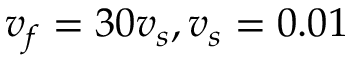
v _ { f } = 3 0 v _ { s } , v _ { s } = 0 . 0 1